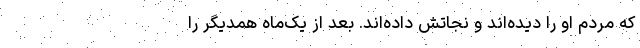
که مردم او را دیده‌اند و نجاتش داده‌اند. بعد از یک‌ماه همدیگر را